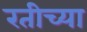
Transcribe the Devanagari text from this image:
रतीच्या